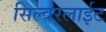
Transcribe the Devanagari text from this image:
सिल्वरलाईट